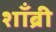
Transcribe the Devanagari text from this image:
शाँब्री